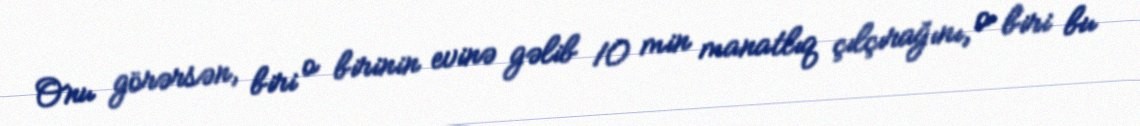
Onu görərsən, biri o birinin evinə gəlib 10 min manatlıq çılçırağını, o biri bu